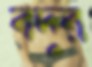
বদুর